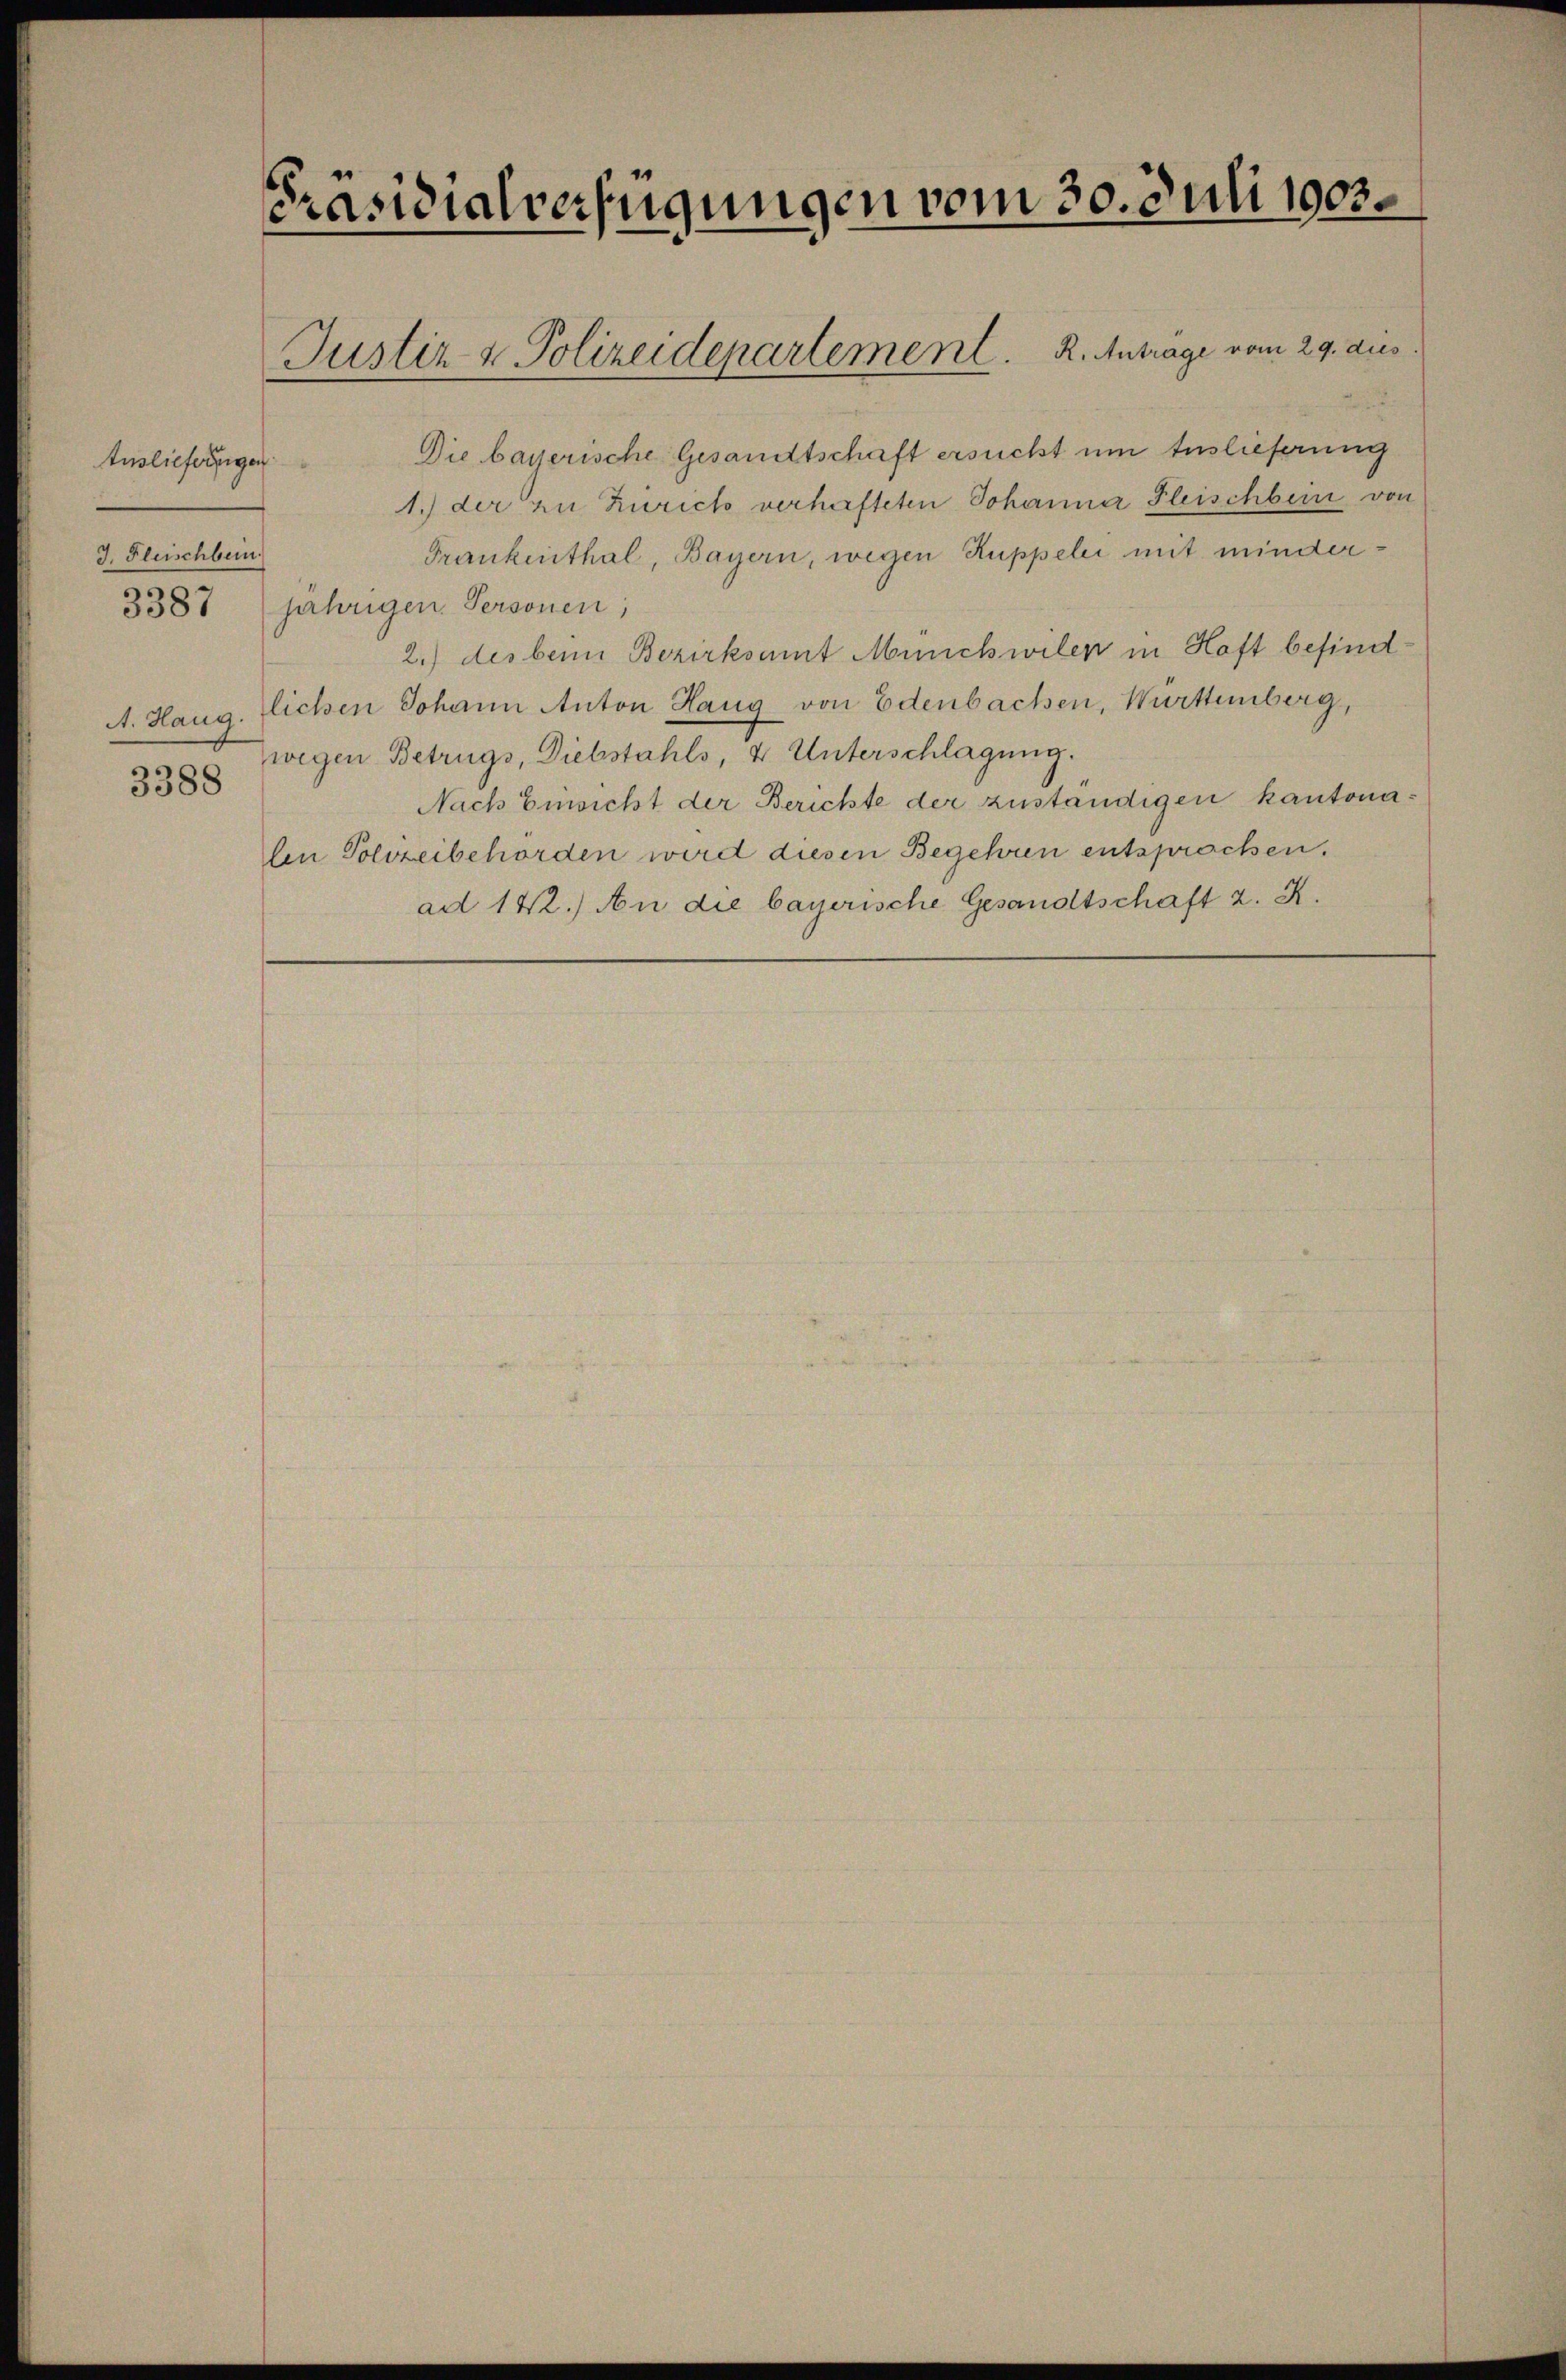
Ausliefertigen
J. Fleischbein.
3388

Präsidialverfügungen vom 30. Juli 1903.

Die bayerische Gesandtschaft ersucht um Auslieferung
1.) der zu Zürich verhafteten Johanna Fleischbein von
Frankenthal, Bayern, wegen Ruppelei mit minder¬
3387 jährigen Personen;
2.) des beim Bezirksamt Münchwilen in Haft befind¬
A. Haug. lichen Johann Anton Haug von Edenbachen, Württemberg,
wegen Betrugs, Diebstahls, & Unterschlagung.
Nach Einsicht der Berichte der zuständigen kantonalen Polizeibehörden wird diesen Begehren entsprochen.
ad 142.) An die bayerische Gesandtschaft 2. K.

Justiz & Polizeidepartement. K. Antrage vom 29. dies